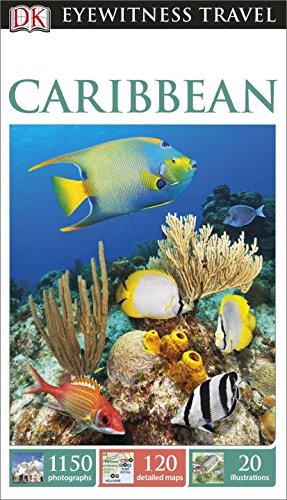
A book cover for DK Eyewitness Travel Guide: Caribbean; DK Publishing; Travel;